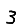
Digit: 3